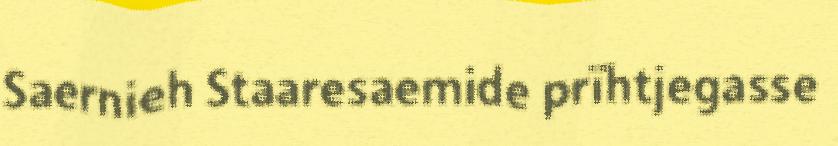
Saernieh Staaresaemide prïhtjegasse